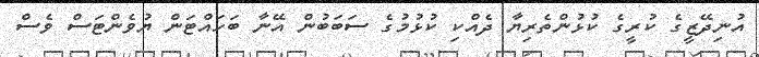
އުނިދޭޒީގެ ކުރީގެ ކުޅުންތެރިޔާ ދެއްކި ކުޅުމުގެ ސަބަބުން އޭނާ ބަހައްޓަން ޔުވެންޓަސް ވެސް